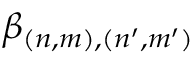
\beta _ { ( n , m ) , ( n ^ { \prime } , m ^ { \prime } ) }